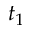
t _ { 1 }